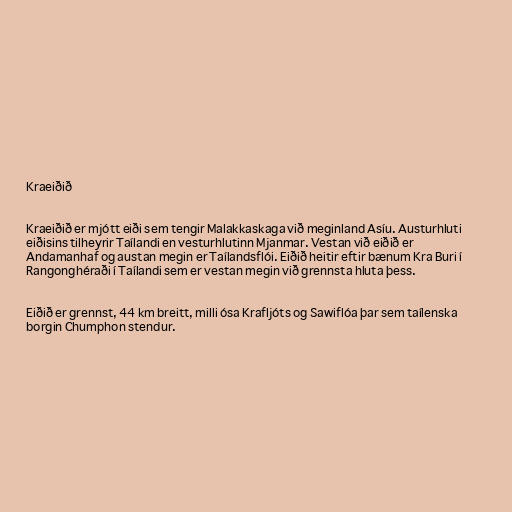
Kraeiðið

Kraeiðið er mjótt eiði sem tengir Malakkaskaga við meginland Asíu. Austurhluti
eiðisins tilheyrir Taílandi en vesturhlutinn Mjanmar. Vestan við eiðið er
Andamanhaf og austan megin er Taílandsflói. Eiðið heitir eftir bænum Kra Buri í
Rangonghéraði í Taílandi sem er vestan megin við grennsta hluta þess.

Eiðið er grennst, 44 km breitt, milli ósa Krafljóts og Sawiflóa þar sem taílenska
borgin Chumphon stendur.